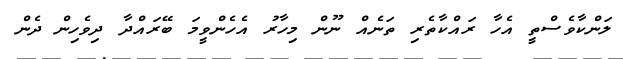
ލަންކާވެސްތީ އެހާ ރައްކާތެރި ތަނެއް ނޫން މިހާރު އެހެންވީމަ ބޭރައްދާ ދިވެހިން ދެން